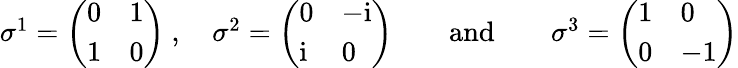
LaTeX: \begin{array}{r}{\sigma^{1}=\bigg(\begin{array}{ll}{0}&{1}\\ {1}&{0}\end{array}\bigg)\ ,\quad\sigma^{2}=\bigg(\begin{array}{ll}{0}&{-{\mathrm{i}}}\\ {{\mathrm{i}}}&{0}\end{array}\bigg)\qquad\mathrm{and}\qquad\sigma^{3}=\bigg(\begin{array}{ll}{1}&{0}\\ {0}&{-1}\end{array}\bigg)}\end{array}